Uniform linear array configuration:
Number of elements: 32
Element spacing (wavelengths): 0.5
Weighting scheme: uniform
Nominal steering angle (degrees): -15
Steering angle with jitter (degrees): -13.823
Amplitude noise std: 0.05
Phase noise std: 0.05

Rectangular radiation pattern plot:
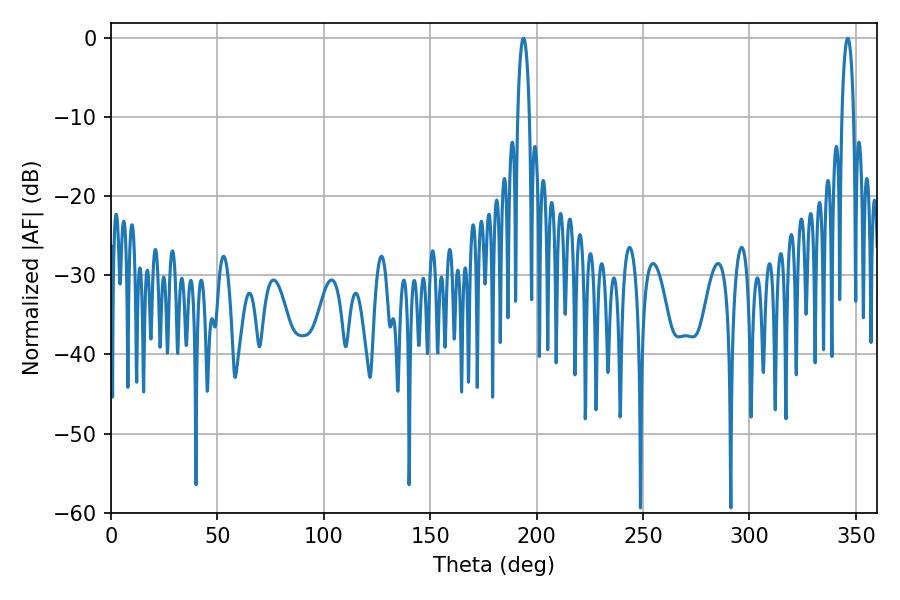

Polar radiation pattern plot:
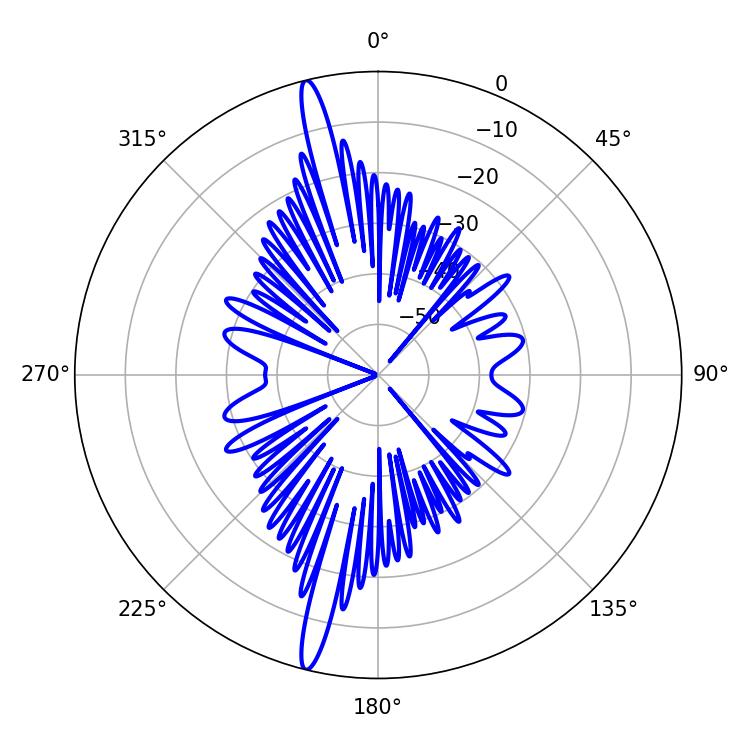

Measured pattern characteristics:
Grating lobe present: FALSE
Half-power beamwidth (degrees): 3.06
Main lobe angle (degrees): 193.86